Bréfritari: Sigríður Pálsdóttir
Viðtakandi: Páll Pálsson
Dagsetning: A-1858-10-05
Skrifað á: Hraungerði  Árn.
Páll var bróðir Sigríðar

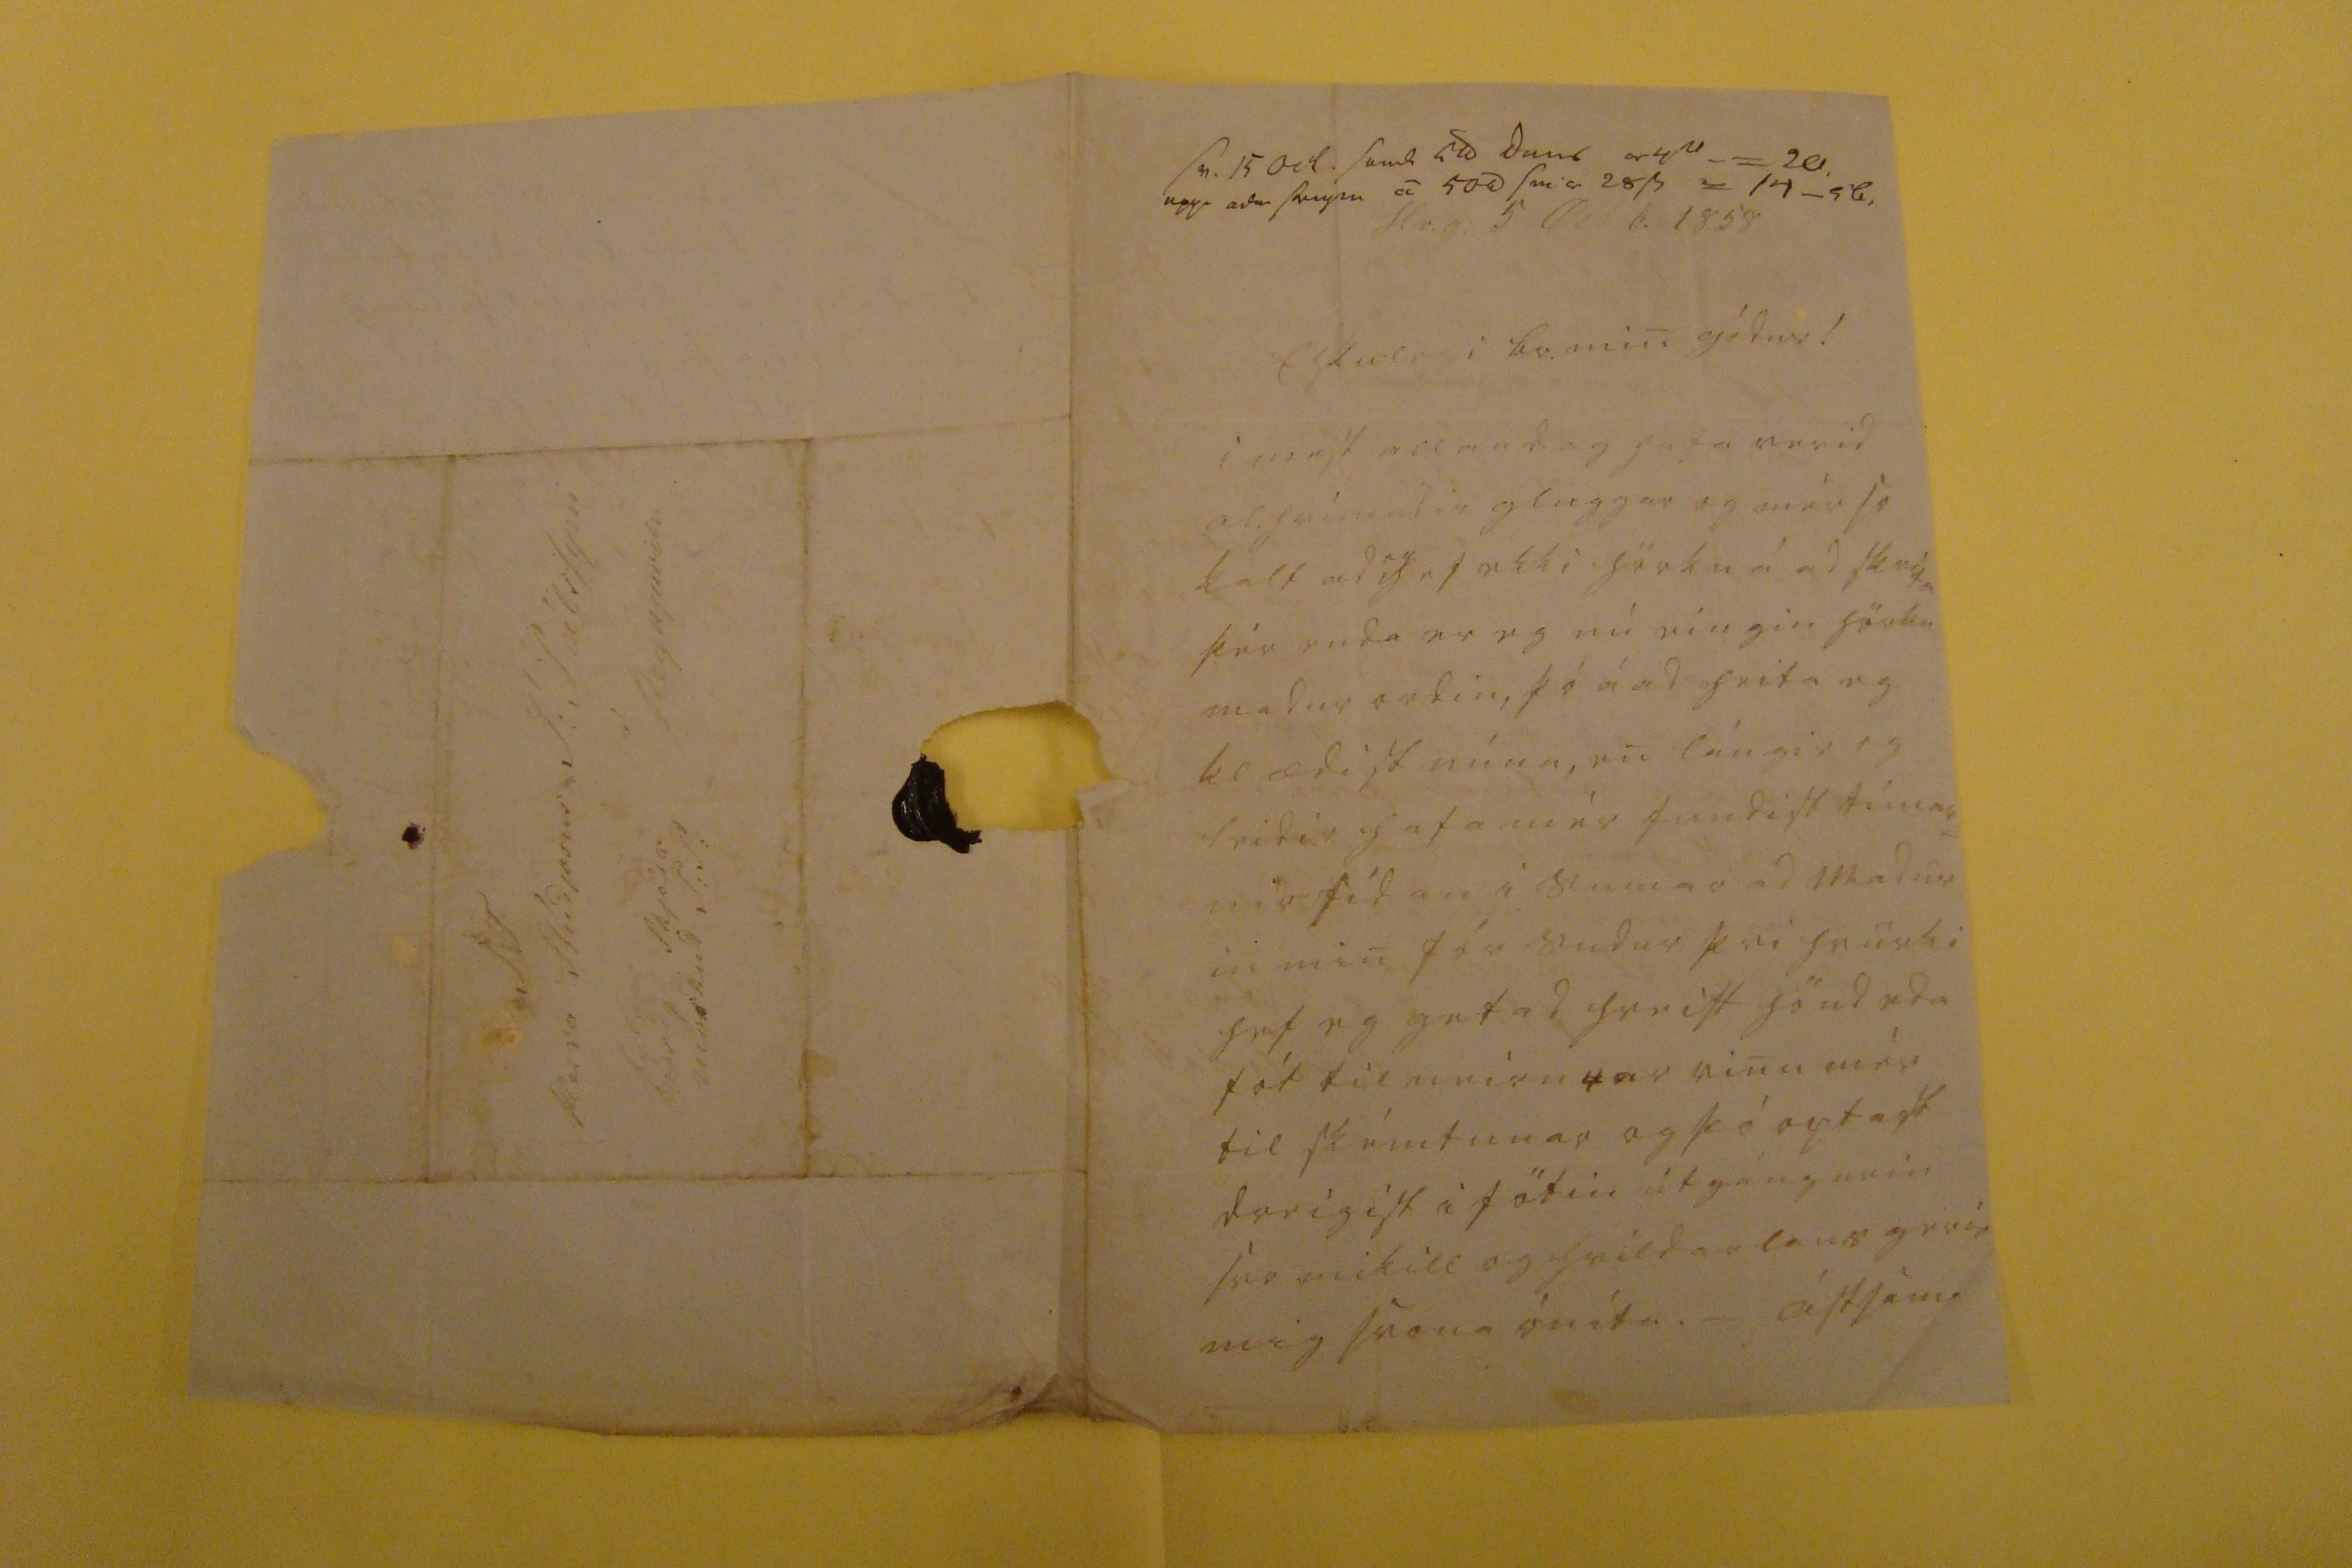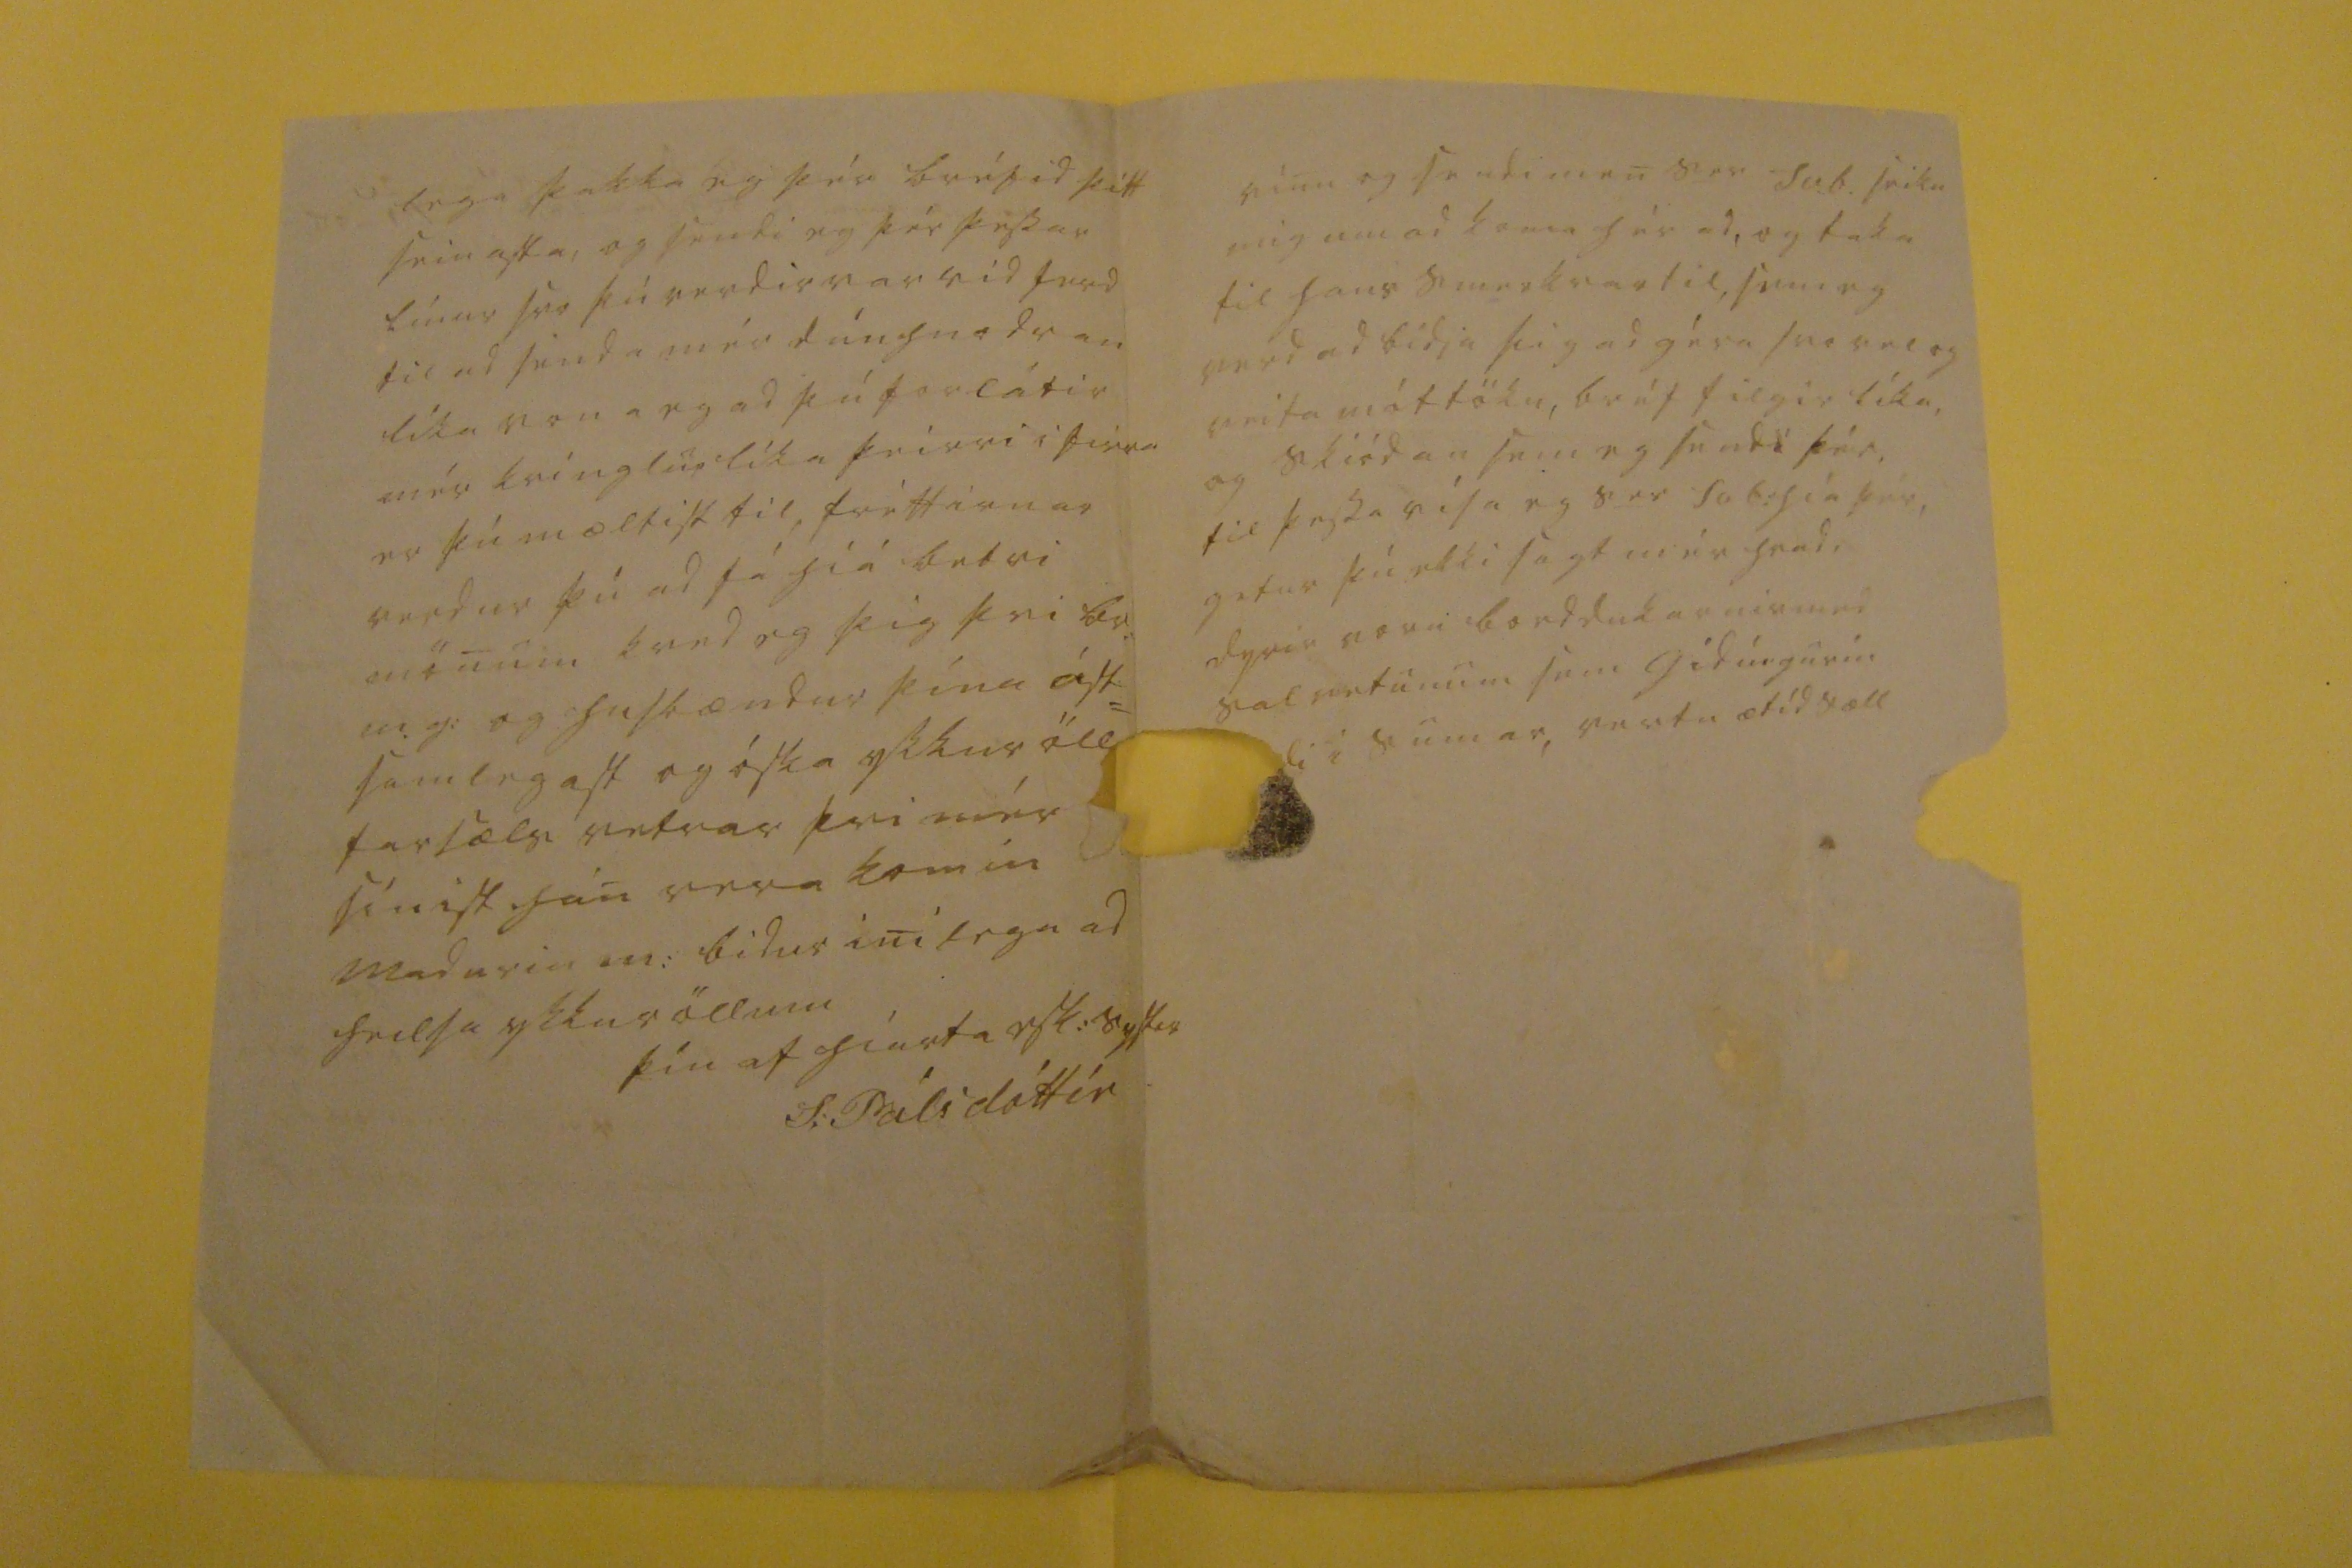

sv. 15 Oct. send 00d Jun0 a00 -= 20. upp adur s00y0u á 500 sm0 28s0 = 14_00.
Hr.g: 5 Oct.b. 1858
Elskulegi br. min gódur!
I mest allan dag hafa verid alhrímadir gluggar og mér so kalt ad
eg
get ekki hörku á ad skrifa þér enda er eg nú eingin hörku madur ordin, þó á ad heita eg klædist núna, en lángir og leidir hafa mér fundist tímar= nir sídan i sumar ad madur in min fór sudur þvi hvurki hef eg getad hreist hönd eda fót til neirnrar vinu mér til skémtunar og þó optast dreigist i fötin útgángurin svo mikill og heildarlaus gerír mig svona óníta._ ástsam
lega þakka eg þér bréfid þitt seinasta, og sendi eg þér þessar línur svo þú verdir var vid ferd til ad senda mér dúnhnodran líka vona eg ad þú forlátir mér krínglur líka þeirri i firra er þú mæltist til, fréttirnar verdur þú ad fá hiá betri mönum kved eg þig þvi br: m.g: og husbændur þína ást= samlegast og óska ykkur öll farsæls vetrar þvi mér sínist han vera komin madurin m: bidur inilega ad heilsa ykkur öllum
þín af hiarta elsk: systir
S: Pálsdóttir
vinu og sendi men s
er
Sv.b. seikn
mig um ad koma hér ad, og taka til hans smerkvartil, sem eg verd ad bidja þig ad géra svo vel og veita móttöku, bréf filgir líka, og skiódan sem eg sendi þér, til þessa vísa eg s
er
Sv b: hiá þér, getur þú ekki sagt mér hvad, dyrir voru borddukarnir med salvetunum sem gidingurin
li i sumar, vertu ætíd sæll
S T Herra Stúdjosus P: Pálssyni á Reykjavík
fylgir 00000 m00kud S:T: